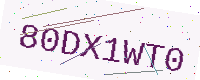
Text: 80DX1WT0